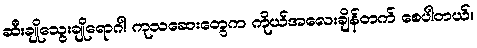
ဆီးချိုသွေးချိုရောဂါ ကုသဆေးတွေက ကိုယ်အလေးချိန်တက် စေပါတယ်။